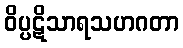
ဝိပ္ပဋိသာရသဟဂတာ